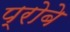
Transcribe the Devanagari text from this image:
प्रोबे